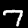
Digit: 7